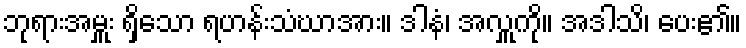
ဘုရားအမှူး ရှိသော ရဟန်းသံဃာအား။ ဒါနံ၊ အလှူကို။ အဒါသိ၊ ပေး၏။